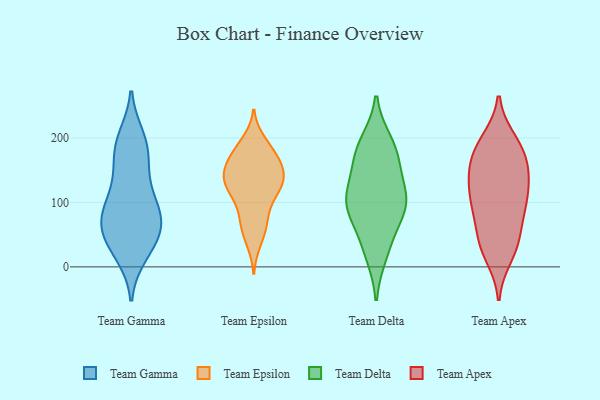
{"axis": {"x": "Net Income (USD K)", "y": "Value"}, "legend": ["Team Apex", "Team Delta", "Team Epsilon", "Team Gamma"], "data": [{"x": "", "y": 195, "type": "Team Gamma"}, {"x": "", "y": 174, "type": "Team Gamma"}, {"x": "", "y": 121, "type": "Team Gamma"}, {"x": "", "y": 115, "type": "Team Gamma"}, {"x": "", "y": 74, "type": "Team Gamma"}, {"x": "", "y": 20, "type": "Team Gamma"}, {"x": "", "y": 77, "type": "Team Gamma"}, {"x": "", "y": 73, "type": "Team Gamma"}, {"x": "", "y": 50, "type": "Team Gamma"}, {"x": "", "y": 200, "type": "Team Gamma"}, {"x": "", "y": 58, "type": "Team Gamma"}, {"x": "", "y": 76, "type": "Team Gamma"}, {"x": "", "y": 33, "type": "Team Gamma"}, {"x": "", "y": 90, "type": "Team Gamma"}, {"x": "", "y": 151, "type": "Team Gamma"}, {"x": "", "y": 183, "type": "Team Gamma"}, {"x": "", "y": 29, "type": "Team Gamma"}, {"x": "", "y": 62, "type": "Team Epsilon"}, {"x": "", "y": 127, "type": "Team Epsilon"}, {"x": "", "y": 64, "type": "Team Epsilon"}, {"x": "", "y": 177, "type": "Team Epsilon"}, {"x": "", "y": 188, "type": "Team Epsilon"}, {"x": "", "y": 107, "type": "Team Epsilon"}, {"x": "", "y": 163, "type": "Team Epsilon"}, {"x": "", "y": 158, "type": "Team Epsilon"}, {"x": "", "y": 197, "type": "Team Epsilon"}, {"x": "", "y": 137, "type": "Team Epsilon"}, {"x": "", "y": 133, "type": "Team Epsilon"}, {"x": "", "y": 36, "type": "Team Epsilon"}, {"x": "", "y": 125, "type": "Team Epsilon"}, {"x": "", "y": 157, "type": "Team Epsilon"}, {"x": "", "y": 156, "type": "Team Epsilon"}, {"x": "", "y": 131, "type": "Team Epsilon"}, {"x": "", "y": 81, "type": "Team Epsilon"}, {"x": "", "y": 105, "type": "Team Epsilon"}, {"x": "", "y": 90, "type": "Team Delta"}, {"x": "", "y": 107, "type": "Team Delta"}, {"x": "", "y": 173, "type": "Team Delta"}, {"x": "", "y": 21, "type": "Team Delta"}, {"x": "", "y": 101, "type": "Team Delta"}, {"x": "", "y": 192, "type": "Team Delta"}, {"x": "", "y": 104, "type": "Team Delta"}, {"x": "", "y": 40, "type": "Team Delta"}, {"x": "", "y": 179, "type": "Team Delta"}, {"x": "", "y": 92, "type": "Team Delta"}, {"x": "", "y": 148, "type": "Team Delta"}, {"x": "", "y": 197, "type": "Team Apex"}, {"x": "", "y": 164, "type": "Team Apex"}, {"x": "", "y": 37, "type": "Team Apex"}, {"x": "", "y": 59, "type": "Team Apex"}, {"x": "", "y": 149, "type": "Team Apex"}, {"x": "", "y": 124, "type": "Team Apex"}, {"x": "", "y": 90, "type": "Team Apex"}, {"x": "", "y": 174, "type": "Team Apex"}, {"x": "", "y": 74, "type": "Team Apex"}, {"x": "", "y": 145, "type": "Team Apex"}, {"x": "", "y": 16, "type": "Team Apex"}, {"x": "", "y": 104, "type": "Team Apex"}, {"x": "", "y": 99, "type": "Team Apex"}, {"x": "", "y": 187, "type": "Team Apex"}, {"x": "", "y": 33, "type": "Team Apex"}, {"x": "", "y": 125, "type": "Team Apex"}, {"x": "", "y": 107, "type": "Team Apex"}, {"x": "", "y": 29, "type": "Team Apex"}, {"x": "", "y": 194, "type": "Team Apex"}, {"x": "", "y": 158, "type": "Team Apex"}]}